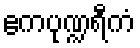
ဧကပုဏ္ဍရီကံ